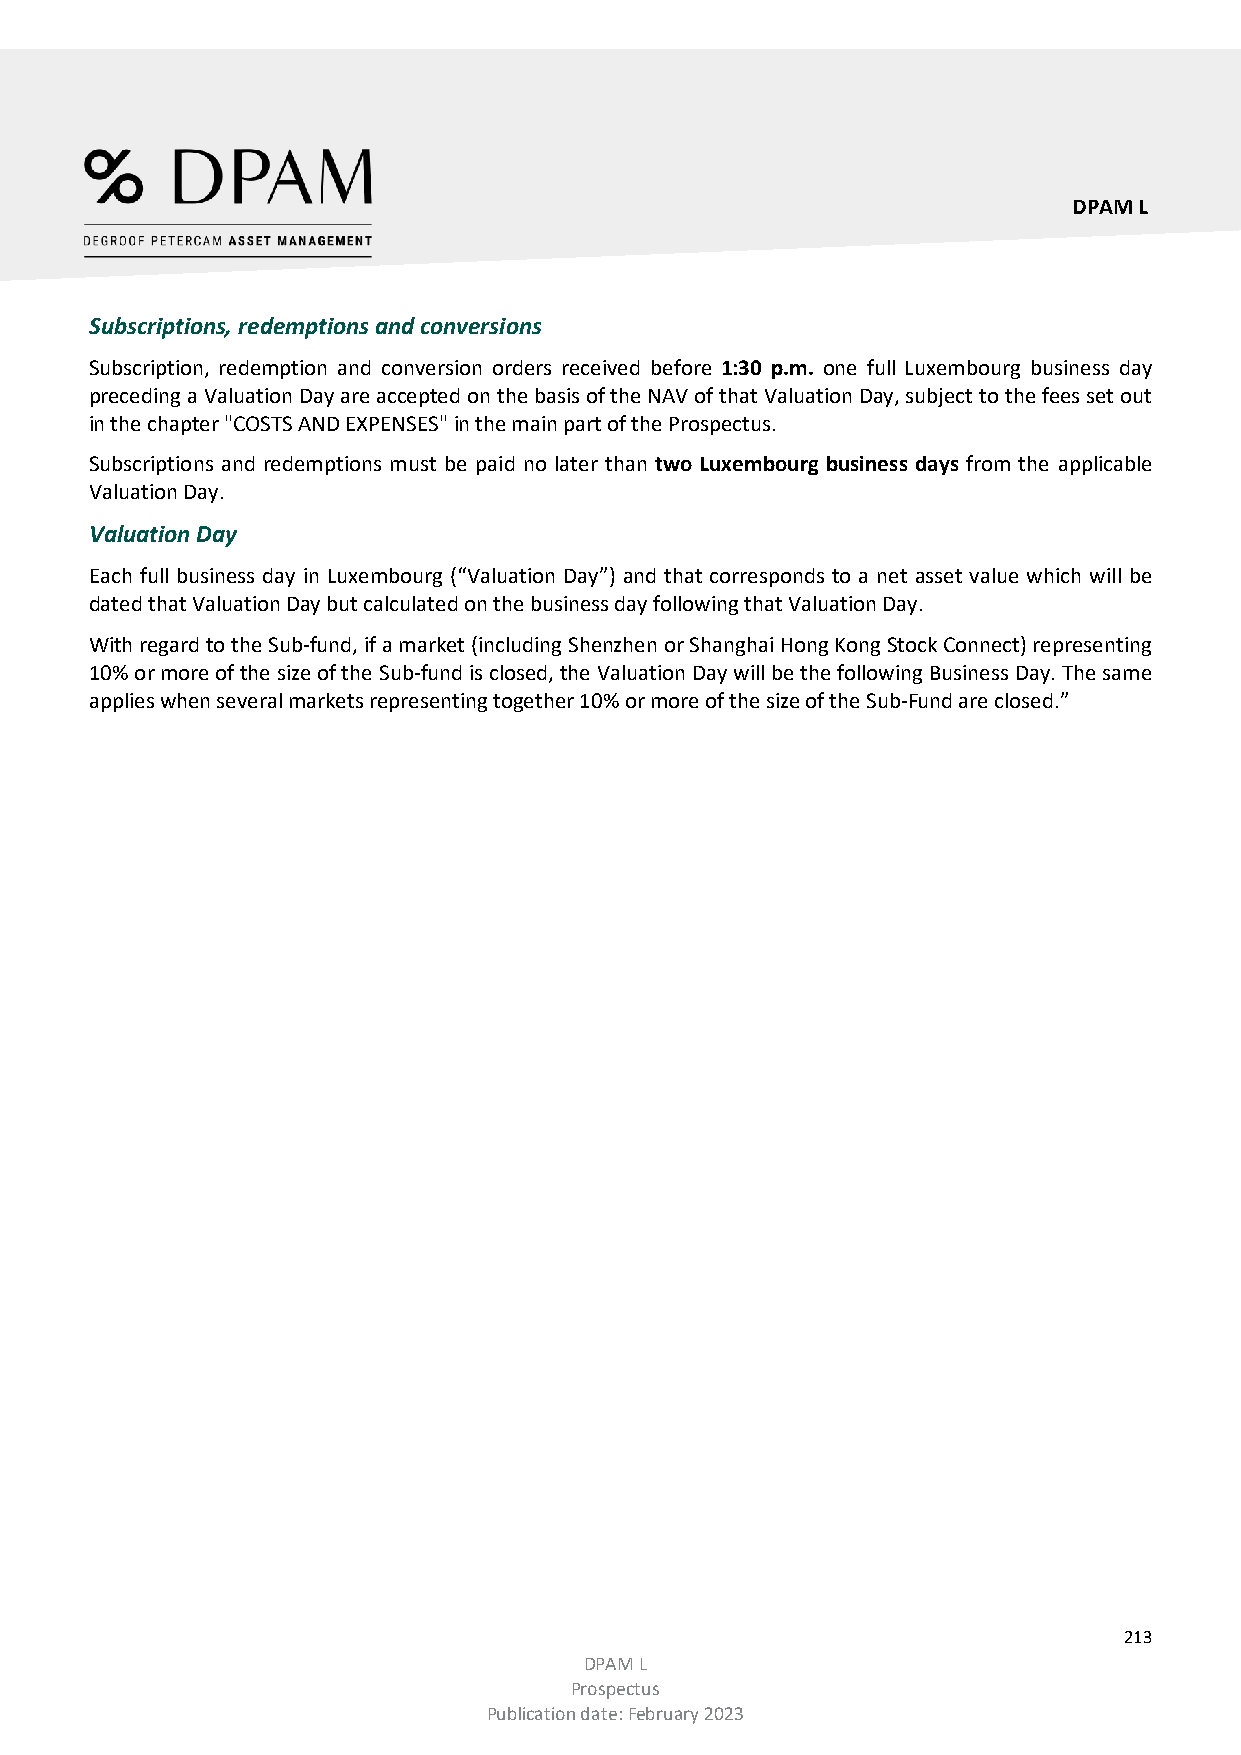
DPAM L
 Subscriptions, redemptions and conversions
 Subscription, redemption and conversion orders received before 1:30 p.m. one full Luxembourg business day
 preceding a Valuation Day are accepted on the basis of the NAV of that Valuation Day, subject to the fees set out
 in the chapter "COSTS AND EXPENSES" in the main part of the Prospectus.
 Subscriptions and redemptions must be paid no later than two Luxembourg business days from the applicable
 Valuation Day.
 Valuation Day
 Each full business day in Luxembourg (“Valuation Day”) and that corresponds to a net asset value which will be
 dated that Valuation Day but calculated on the business day following that Valuation Day.
 With regard to the Sub-fund, if a market (including Shenzhen or Shanghai Hong Kong Stock Connect) representing
 10% or more of the size of the Sub-fund is closed, the Valuation Day will be the following Business Day. The same
 applies when several markets representing together 10% or more of the size of the Sub-Fund are closed.”
 213
 DPAM L
 Prospectus
 Publication date: February 2023